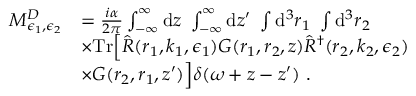
\begin{array} { r l } { M _ { \epsilon _ { 1 } , \epsilon _ { 2 } } ^ { D } } & { = \frac { i \alpha } { 2 \pi } \int _ { - \infty } ^ { \infty } \mathrm { d } z ~ \int _ { - \infty } ^ { \infty } \mathrm { d } z ^ { \prime } ~ \int \mathrm { d } ^ { 3 } \boldsymbol { r } _ { 1 } ~ \int \mathrm { d } ^ { 3 } \boldsymbol { r } _ { 2 } ~ } \\ & { \times \mathrm { T r } \Big [ \hat { R } ( \boldsymbol { r } _ { 1 } , \boldsymbol { k } _ { 1 } , \boldsymbol { \epsilon } _ { 1 } ) G ( \boldsymbol { r } _ { 1 } , \boldsymbol { r } _ { 2 } , z ) \hat { R } ^ { \dagger } ( \boldsymbol { r } _ { 2 } , \boldsymbol { k } _ { 2 } , \boldsymbol { \epsilon } _ { 2 } ) } \\ & { \times G ( \boldsymbol { r } _ { 2 } , \boldsymbol { r } _ { 1 } , z ^ { \prime } ) \Big ] \delta ( \omega + z - z ^ { \prime } ) ~ . } \end{array}